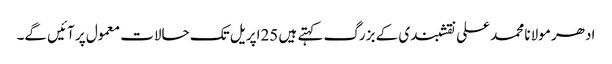
ادھر مولانا محمد علی نقشبندی کے بزرگ کہتے ہیں 25اپریل تک حالات معمول پر آئیں گے۔